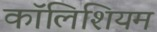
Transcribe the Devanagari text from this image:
कॉलिशियम